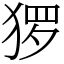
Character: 猡